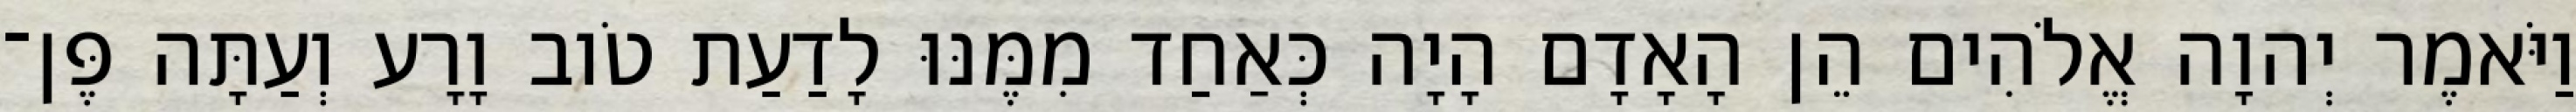
וַיֹּאמֶר יְהוָה אֱלֹהִים הֵן הָאָדָם הָיָה כְּאַחַד מִמֶּנּוּ לָדַעַת טֹוב וָרָע וְעַתָּה פֶּן־